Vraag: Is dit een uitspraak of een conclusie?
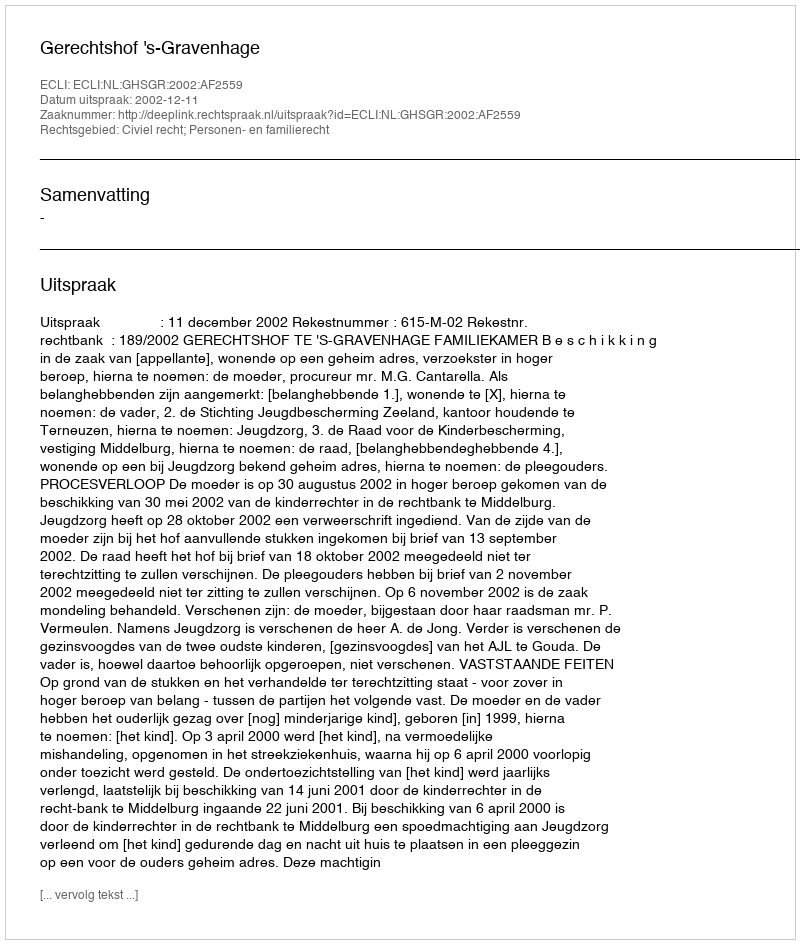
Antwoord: Uitspraak